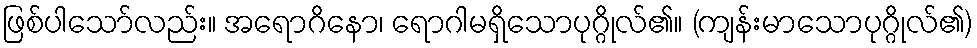
ဖြစ်ပါသော်လည်း။ အရောဂိနော၊ ရောဂါမရှိသောပုဂ္ဂိုလ်၏။ (ကျန်းမာသောပုဂ္ဂိုလ်၏)